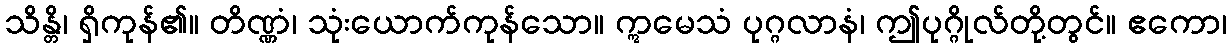
သိန္တိ၊ ရှိကုန်၏။ တိဏ္ဏံ၊ သုံးယောက်ကုန်သော။ ဣမေသံ ပုဂ္ဂလာနံ၊ ဤပုဂ္ဂိုလ်တို့တွင်။ ဧကော၊